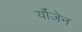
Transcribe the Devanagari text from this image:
र्योजेन